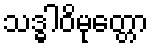
သဒ္ဓါဝိမုတ္တော